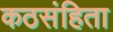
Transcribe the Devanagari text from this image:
कठसंहिता